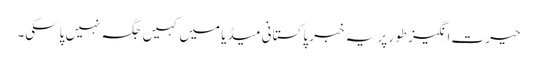
حیرت انگیز طور پر یہ خبر پاکستانی میڈیا میں کہیں جگہ نہیں پاسکی۔